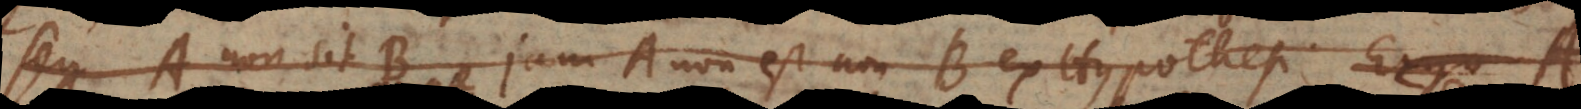
seu A non sit B, jam A non est non‐B ex Hypothesi. Ergo